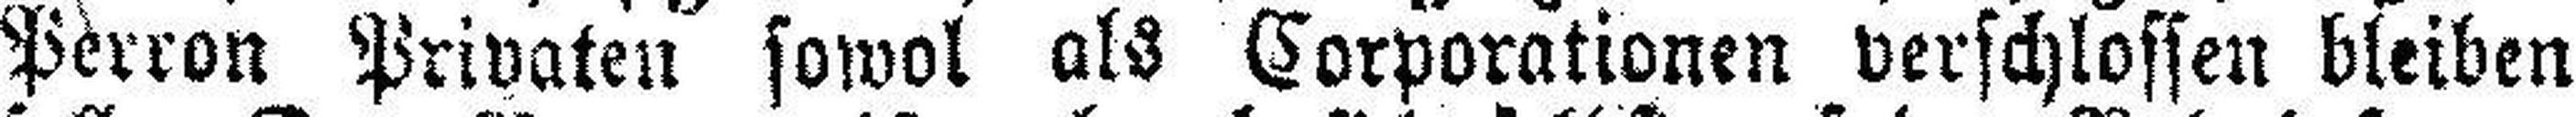
Perron Privaten sowol als Corporationen verschlossen bleiben